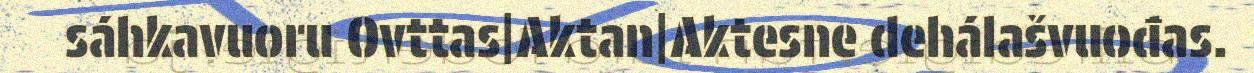
sáhkavuoru Ovttas|Aktan|Aktesne dehálašvuođas.